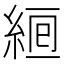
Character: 𦀞